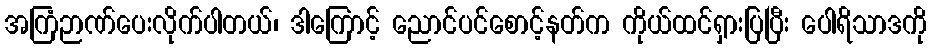
အကြံဉာဏ်ပေးလိုက်ပါတယ်၊ ဒါကြောင့် ညောင်ပင်စောင့်နတ်က ကိုယ်ထင်ရှားပြပြီး ပေါရိသာဒကို